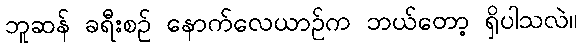
ဘူဆန် ခရီးစဉ် နောက်လေယာဉ်က ဘယ်တော့ ရှိပါသလဲ။